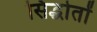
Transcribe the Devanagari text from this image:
सिद्धोतों